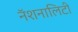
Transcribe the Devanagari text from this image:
नॅशनालिटी